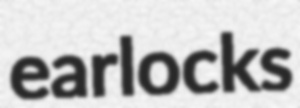
earlocks